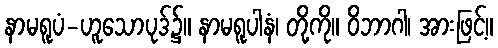
နာမရူပံ-ဟူသောပုဒ်၌။ နာမရူပါနံ၊ တို့ကို။ ဝိဘာဂါ၊ အားဖြင့်။